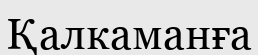
Қалкаманға